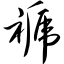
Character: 褫